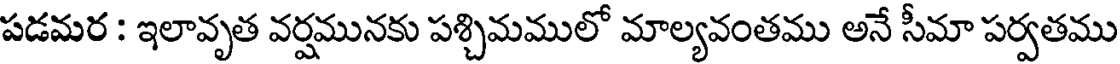
పడమర : ఇలావృత వర్షమునకు పశ్చిమములో మాల్యవంతము అనే సీమా పర్వతము